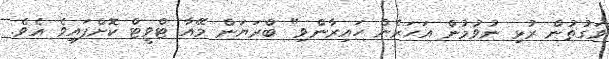
ވަގުތުން ރުޅި ނުވުމުން އަހަރެން ހައިރާންވި" ބްރަޔަން މޭއާ ޓްވީޓް ކޮށްފައިވެ އެވެ.